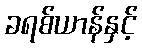
ခရစ်ယာန်နှင့်